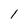
Character: l